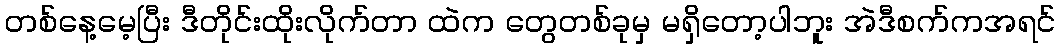
တစ်နေ့မေ့ပြီး ဒီတိုင်းထိုးလိုက်တာ ထဲက တွေတစ်ခုမှ မရှိတော့ပါဘူး အဲဒီစက်ကအရင်